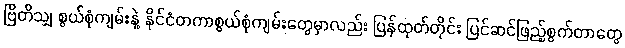
ဗြိတိသျှ စွယ်စုံကျမ်းနဲ့ နိုင်ငံတကာစွယ်စုံကျမ်းတွေမှာလည်း ပြန်ထုတ်တိုင်း ပြင်ဆင်ဖြည့်စွက်တာတွေ